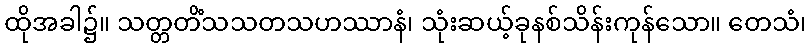
ထိုအခါ၌။ သတ္တတိံသသတသဟဿာနံ၊ သုံးဆယ့်ခုနစ်သိန်းကုန်သော။ တေသံ၊